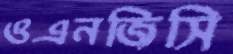
ওএনজিসি